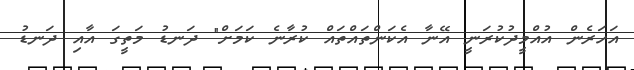
އަހަރެން އުއްމީދުކުރަނީ އޭނާ އެކަންތައްތައް ކުރާނެ ކަމަށް" ދަނޑު މަތީގަ އާއި ދަނޑު